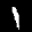
Label: 1